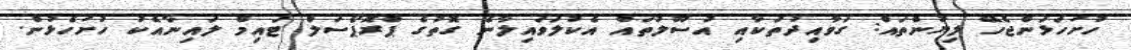
ހުށަހަޅަންޖެހޭ ލިޔުންތައް: ގަވާއިދުތަކާއި އުސޫލުތައް އެކުލަވައިލާނެ ގޮތުގެ ޕްރޮޕޯސަލް ޓައިމް ލައިނާއެކު ހުށަހެޅުން.